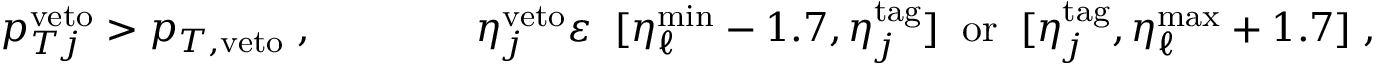
p _ { T j } ^ { \mathrm { v e t o } } > p _ { T , \mathrm { v e t o } } \; , \qquad \qquad \eta _ { j } ^ { \mathrm { v e t o } } \varepsilon \; \; [ \eta _ { \ell } ^ { \mathrm { m i n } } - 1 . 7 , \eta _ { j } ^ { \mathrm { t a g } } ] \; \; \mathrm { o r } \; \; [ \eta _ { j } ^ { \mathrm { t a g } } , \eta _ { \ell } ^ { \mathrm { m a x } } + 1 . 7 ] \; ,